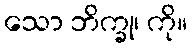
သော ဘိက္ခု၊ ကို။